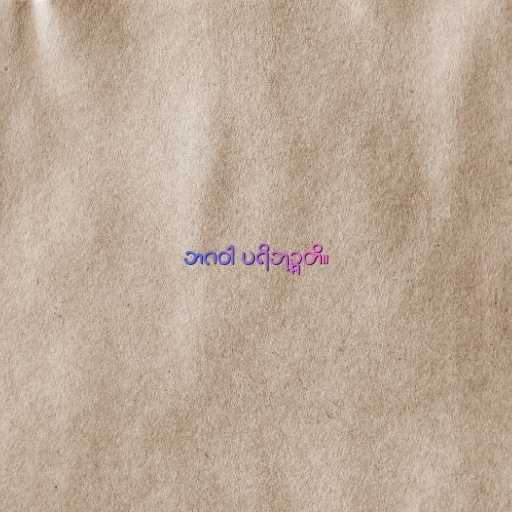
ဘဂဝါ ပရိဘုဉ္ဇတိ။